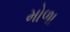
મોળા